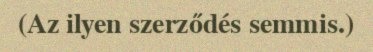
(Az ilyen szerződés semmis.)